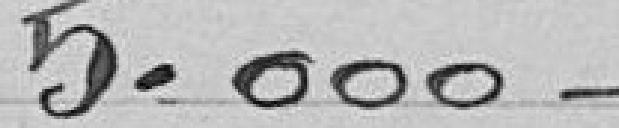
5.000 francs